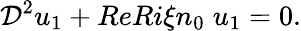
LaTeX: \mathcal{D}^{2}u_{1}+ReRi\xi n_{0}\; u_{1}=0.